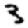
Digit: 3